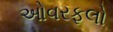
ઓવરફલો